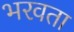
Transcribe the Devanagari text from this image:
भरवता